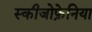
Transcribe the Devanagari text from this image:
स्कीजोफ्रेनिया